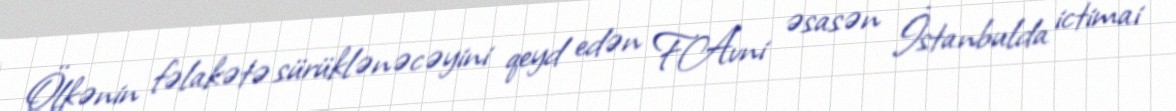
Ölkənin fəlakətə sürüklənəcəyini qeyd edən F.Avni əsasən İstanbulda ictimai